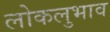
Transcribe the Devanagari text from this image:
लोकलुभाव